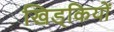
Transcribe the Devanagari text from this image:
खिड्कियों